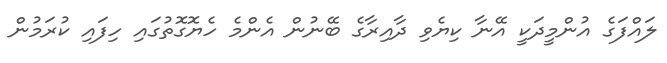
ލައްފަގެ އުންމީދަކީ އޭނާ ކިޔެވި ދާއިރާގެ ބޭނުން އެންމެ ހެޔޮގޮތުގައި ހިފައި ކުރަމުން